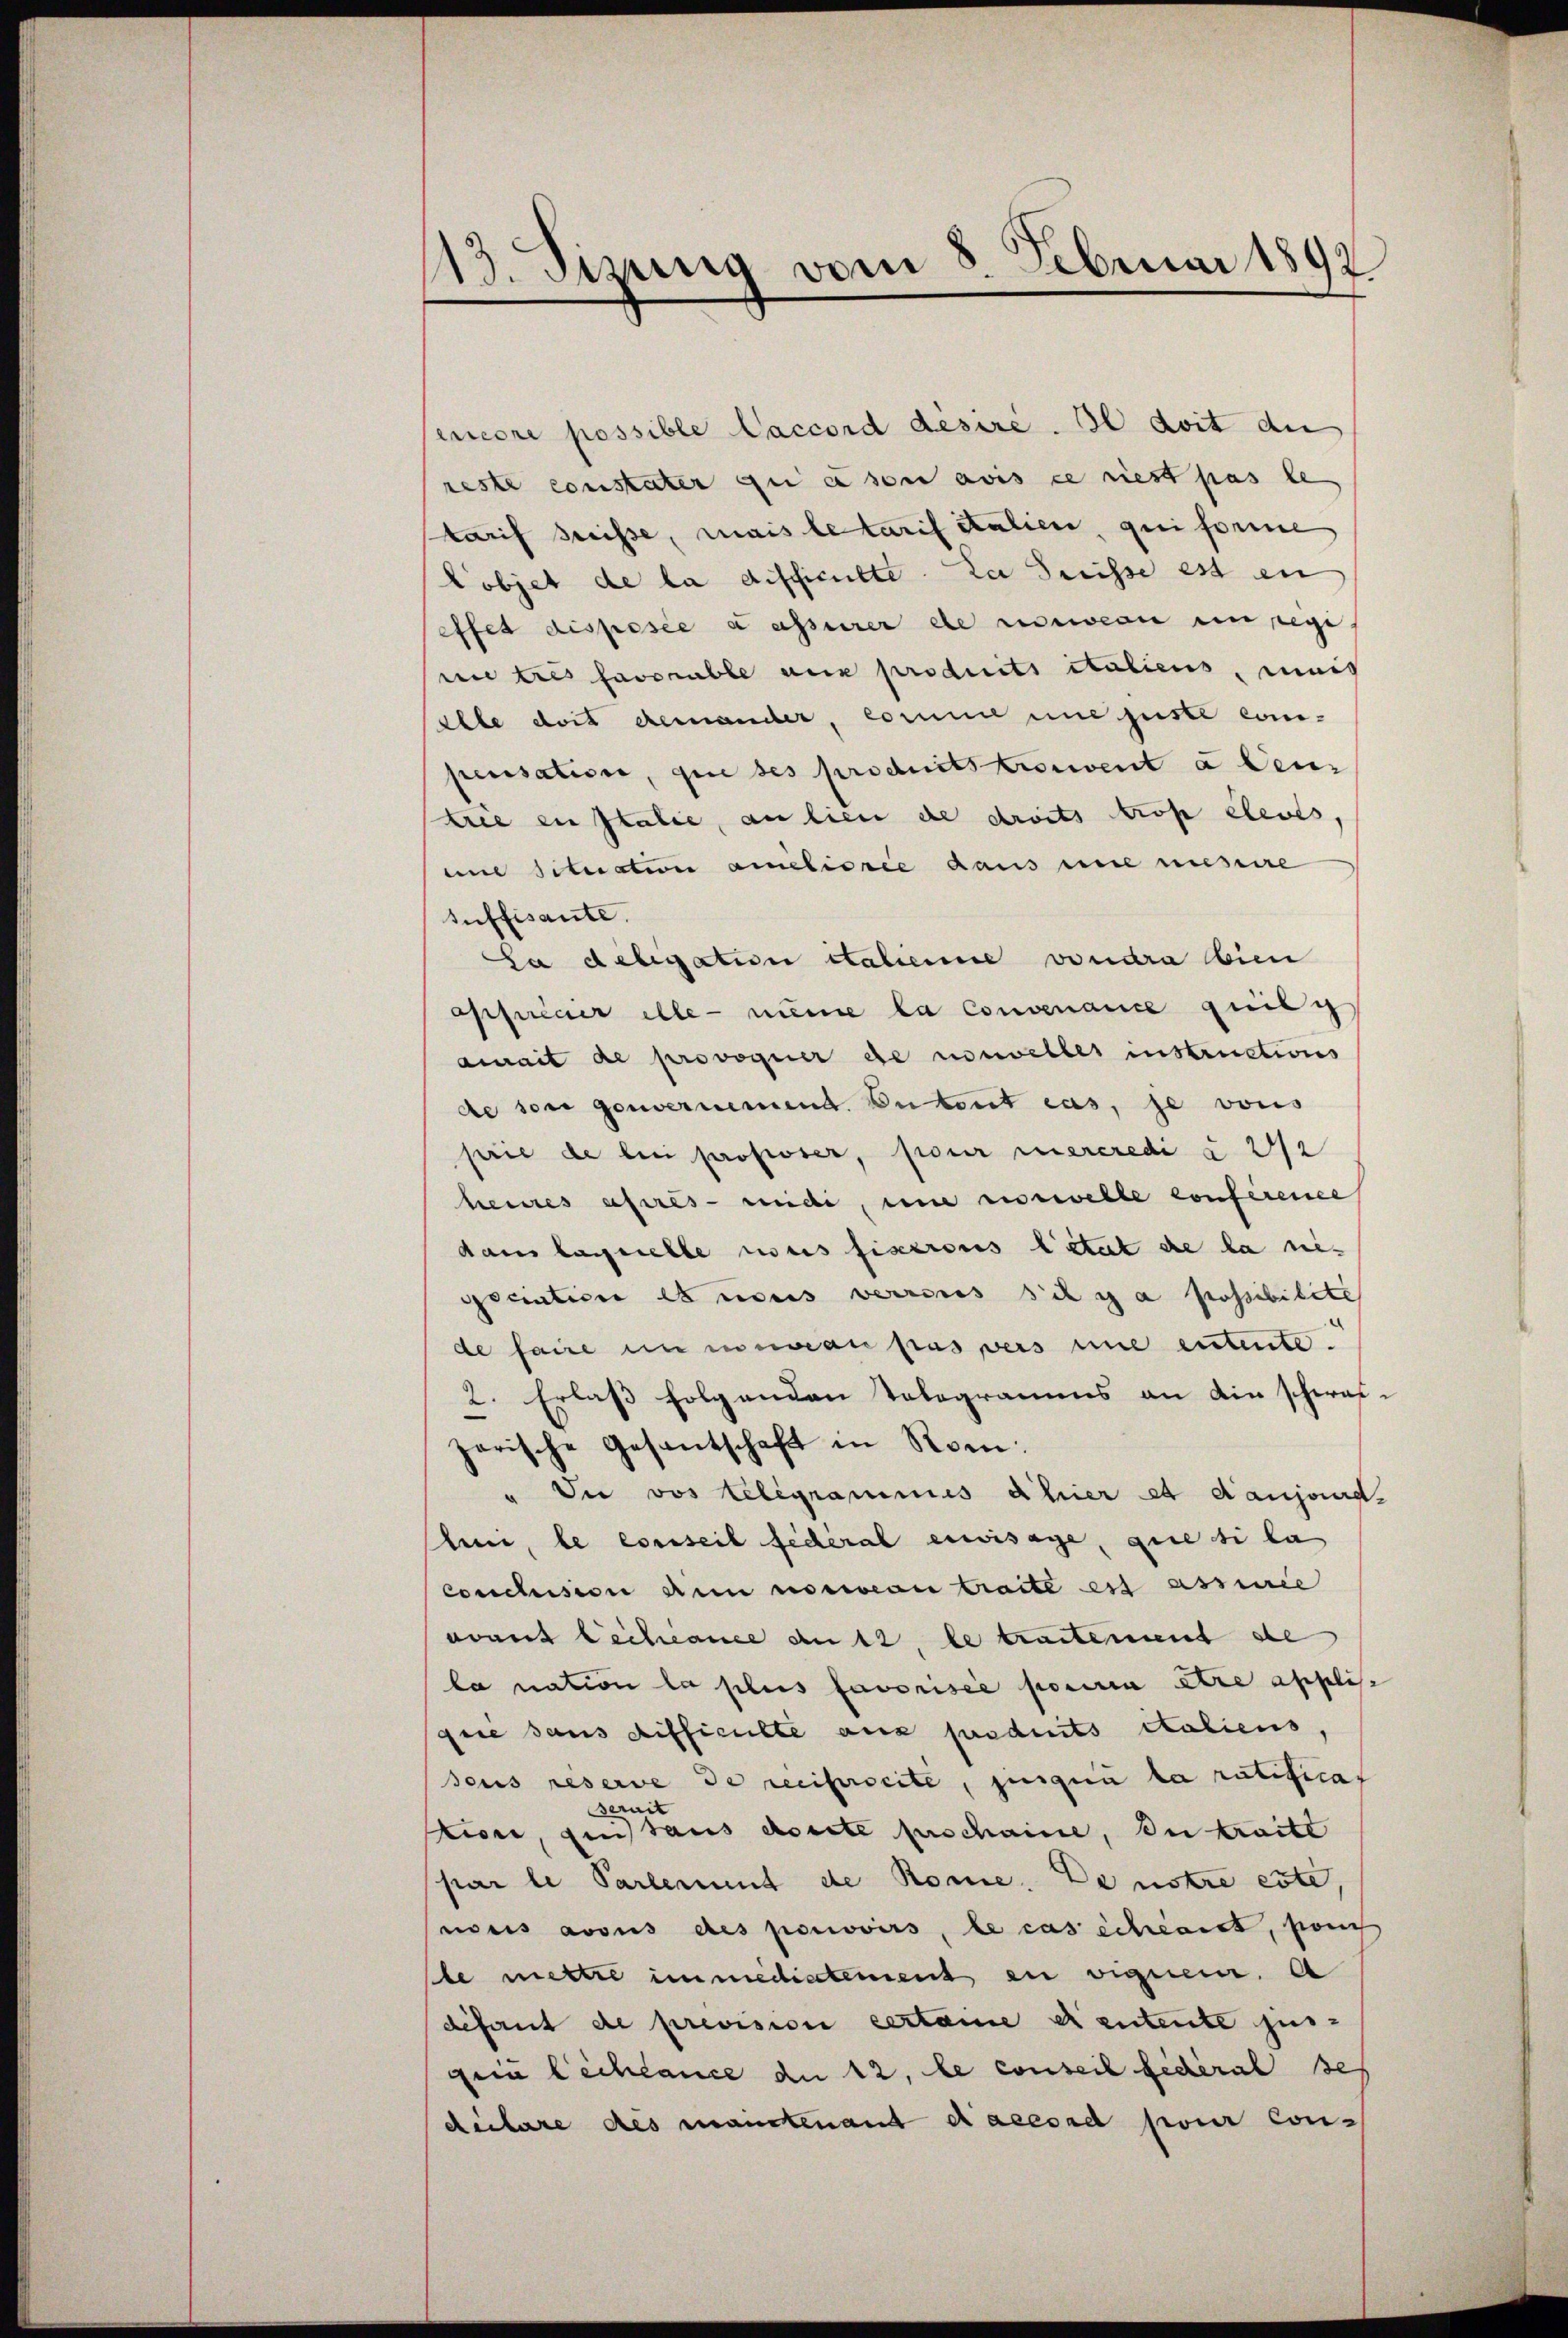
113. Sizung vom 8. Februar 1892
1

encore possible Laccord desire. Il doit die
reste constater qui a son avis ce riest pas le
Tarif dreisse, mais letarif Stalien, qui forme
Lobjet de la difficielte. Da Suisse est ei
effet disposée a asserer die nouveau en regi
ni tres savouble aux produits italiens, mais
Elle dort demander, comme une juste com-
pensation, que ses produitstrorient a Dei
strie in Italie, an lieu de droits tros élevés,
und situation améliorie dans mit missire
suffisante.
La delegation italienne voudra bien
ospicier elle - nume la convenance quili
amait de provoquer de norwelles instructions
de so genvernemend. Detent cas, je vons
prie de bei proposer, pour mercredi § 242
heures après-midi, um vorwelle conferene
dans laquelle nous fixerous letat de la ne
scation es nous verrens schy a possibilite
de faire in immen pas, vers nie eintente
2. Erlass folgenden Telegramms an die schwarzarische Gesantschaft in Rom.
" Die vos telegrammes ahier et danjond-
Ahn, le conseil fédéral erwisage, die si la
conclusion den norwean traite est assinie
avant Lechance ant, le traitement de
la nation la plus favorisée pourra être appli
gie sans difficulte aus susduits italiens,
seus reserve de reiferseite, jungen la ratificat
erait
.
Kiore, quistaus Morite Erschaine, Du traite
par le Partement de Rome. Denstre este,
noris avous des pouvoirs, le cas schlaict, son
le mettre immédiatement en vignen. A
défaut de prevision certaine er entente jus-
gein Lichtance du 12, le conseil fédéral es
dulare des manstenant dacesad pour con-